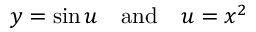
y = \sin u \quad { \mathrm { a n d } } \quad u = x ^ { 2 }